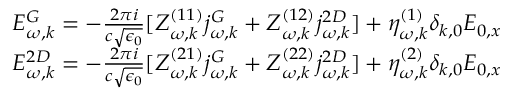
\begin{array} { r } { E _ { \omega , k } ^ { G } = - \frac { 2 \pi i } { c \sqrt { \epsilon _ { 0 } } } [ Z _ { \omega , k } ^ { ( 1 1 ) } j _ { \omega , k } ^ { G } + Z _ { \omega , k } ^ { ( 1 2 ) } j _ { \omega , k } ^ { 2 D } ] + \eta _ { \omega , k } ^ { ( 1 ) } \delta _ { k , 0 } E _ { 0 , x } } \\ { E _ { \omega , k } ^ { 2 D } = - \frac { 2 \pi i } { c \sqrt { \epsilon _ { 0 } } } [ Z _ { \omega , k } ^ { ( 2 1 ) } j _ { \omega , k } ^ { G } + Z _ { \omega , k } ^ { ( 2 2 ) } j _ { \omega , k } ^ { 2 D } ] + \eta _ { \omega , k } ^ { ( 2 ) } \delta _ { k , 0 } E _ { 0 , x } } \end{array}